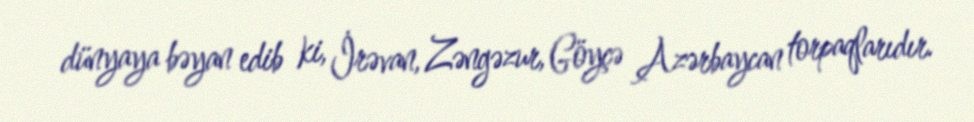
dünyaya bəyan edib ki, İrəvan, Zəngəzur, Göyçə Azərbaycan torpaqlarıdır.